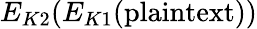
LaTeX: E_{K2}(E_{K1}({\textrm{plaintext}}))